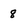
Character: 8